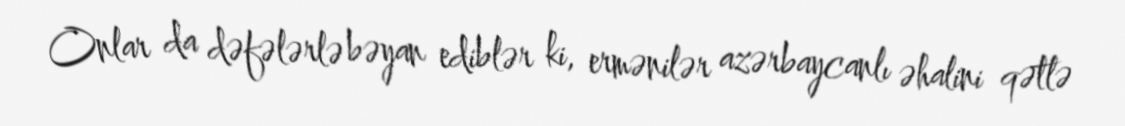
Onlar da dəfələrlə bəyan ediblər ki, ermənilər azərbaycanlı əhalini qətlə